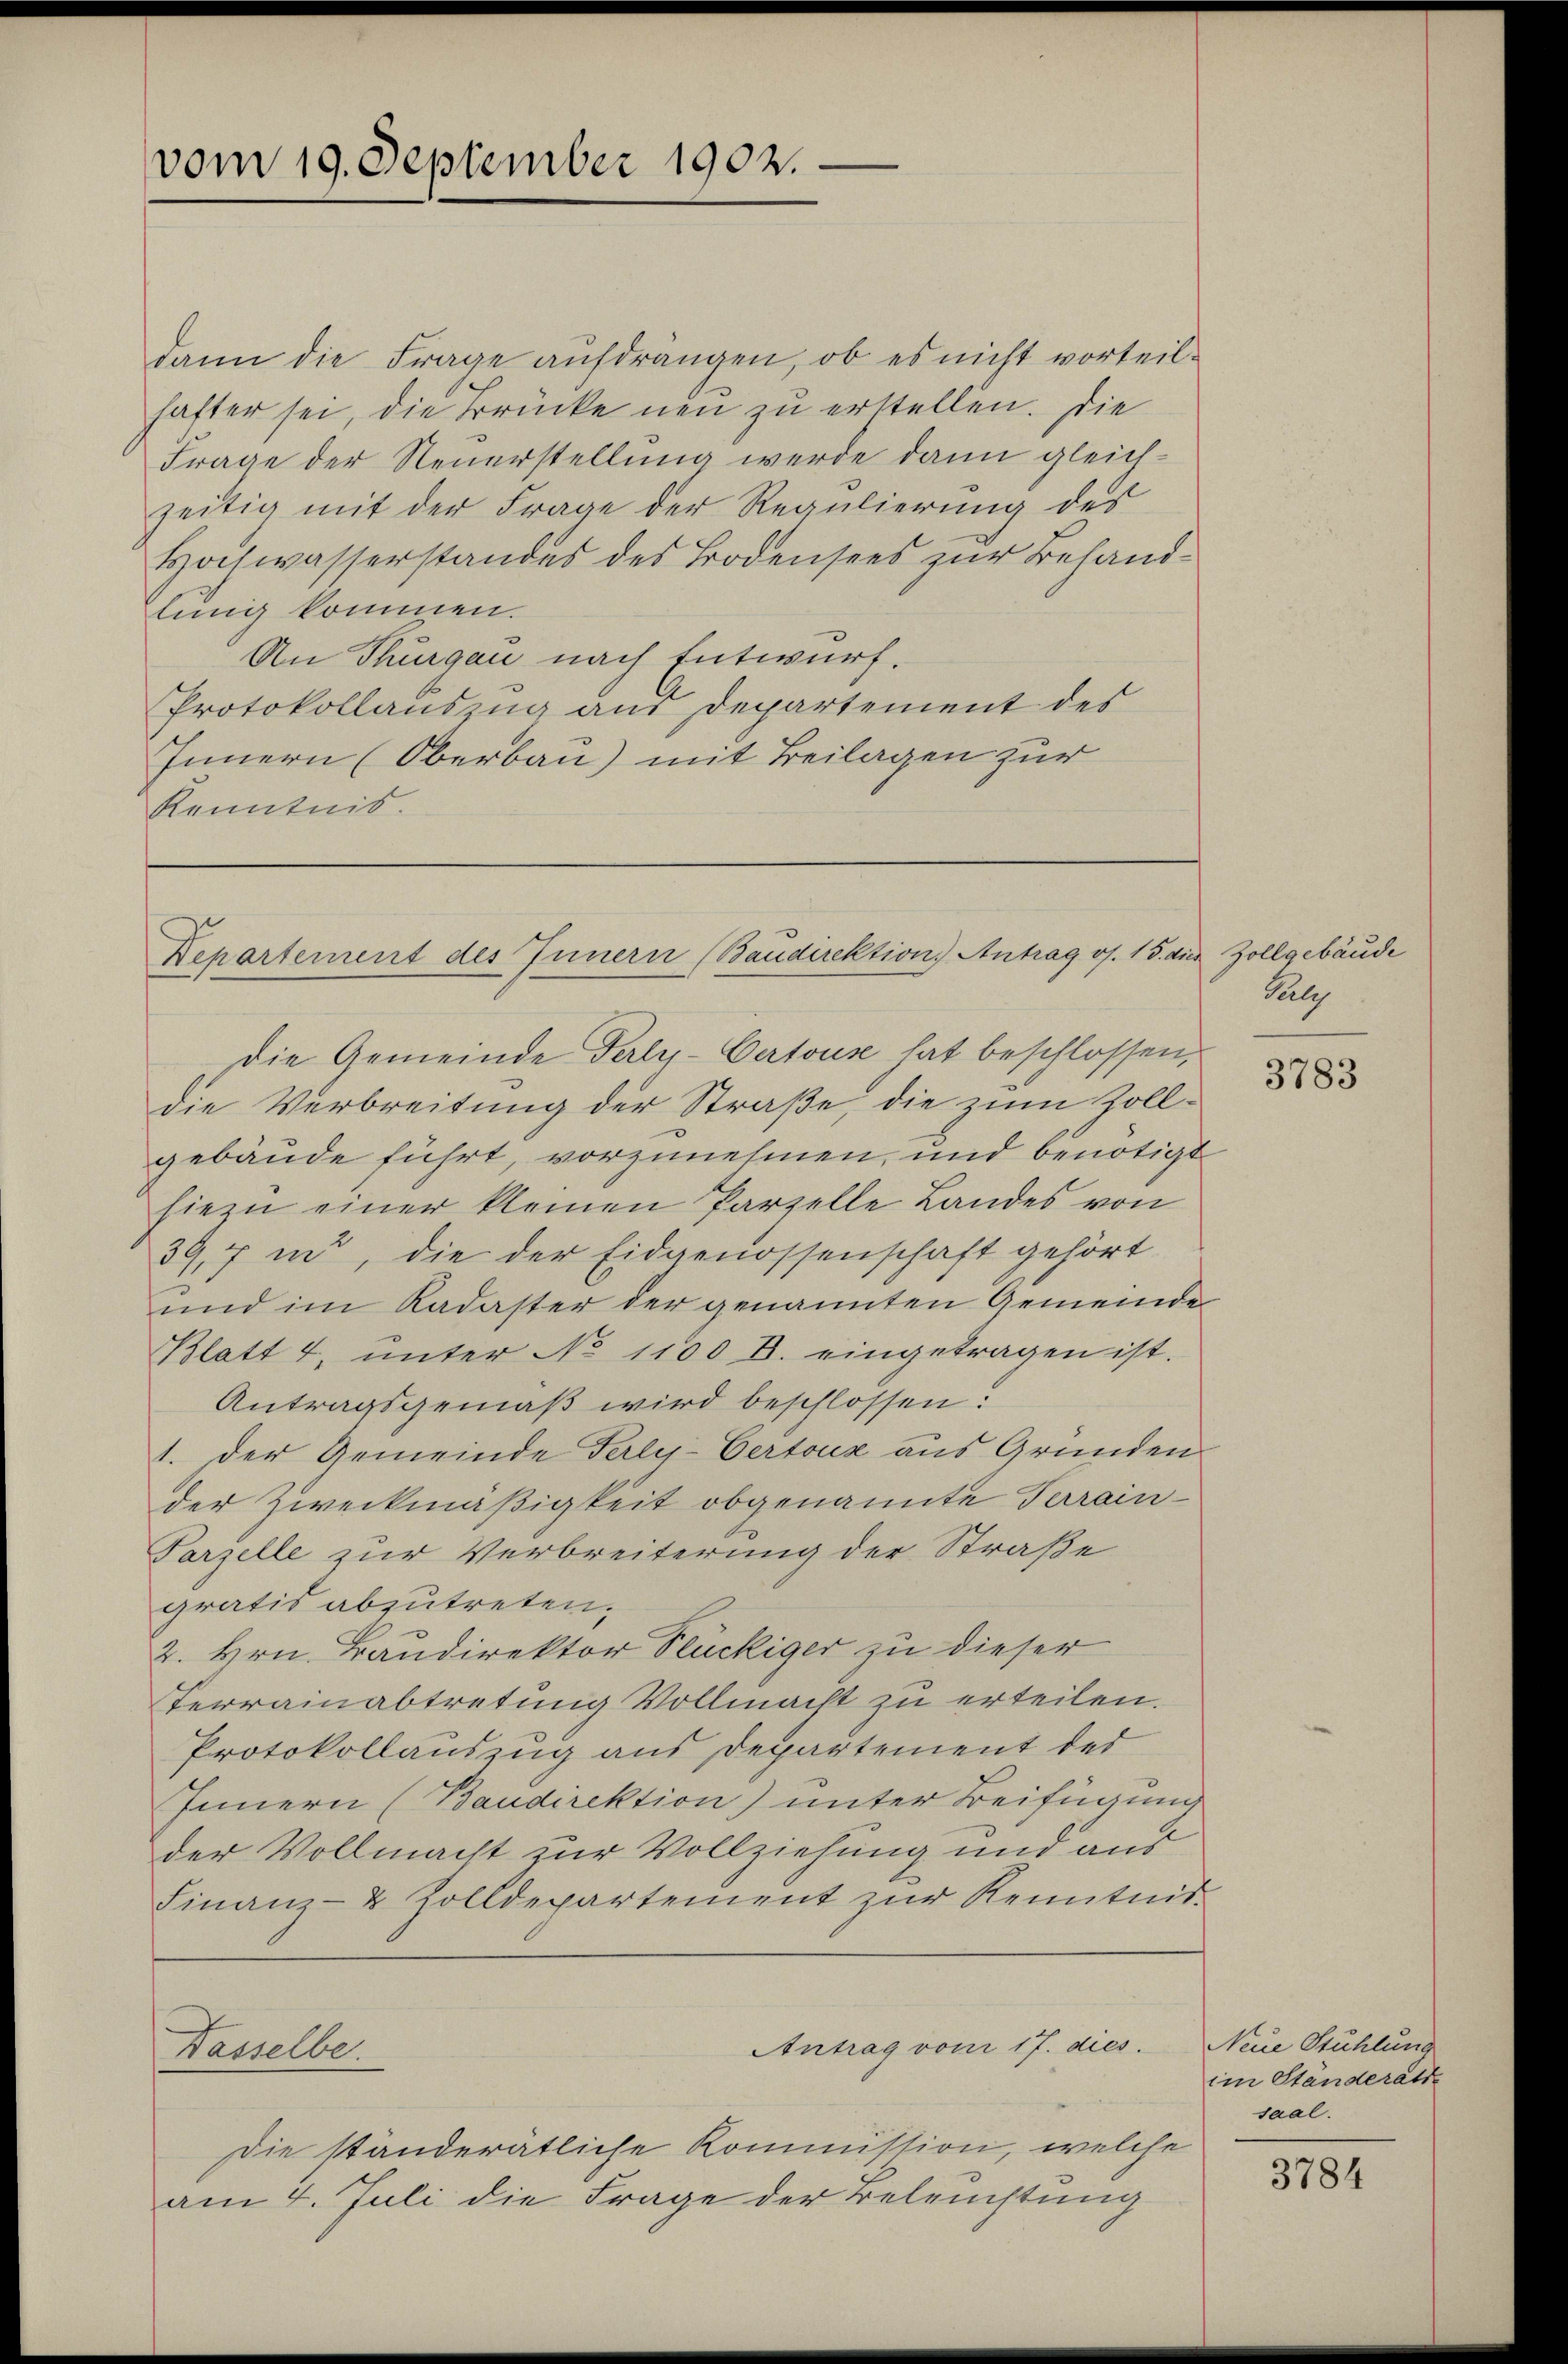
vom 19. September 1902.

dann die Frage aufdrängen, ob es nicht vorteilhafter sei, die Brücke neu zu erstellen. Die
Frage der Neuerstellung werde dann gleichzeitig mit der Frage der Regulierŭng des
Hochwasserstandes des Bodensees zur Behandling kommen.
An Thurgau nach Entwurf.
Protokollauszug aus Departement des
Innern (Oberbau) mit Beilagen zur
Kenntnis.

Departement des Innern (Baudirektion) Antrag os. 15. a.

die Verbreitung der Straße, die zum Zollgebäude führt, vorzunehmen, und benötigt
hiein einer kleinen Parzelle Landes von
39,7 in, die der Eidgenossenschaft gehört
und im Kadaster der genannten Gemeinde
Blatt 4, ŭnter No 1100 D. eingetragen ist.
Antragsgemäß wird beschlossen:
1. Der Gemeinde Perly-Certouz aus Grunden
der Zweckmäßigkeit obgenannte Terrain-
Parzelle zur Verbreiterung der Straße
gratis abzutreten.
2. Hrn. Baudirektor Rückiger zu dieser
Terrainabtretung Vollmacht zu erteilen.
Protokollauszug aus Departement der
Innern (Baudirektion) unter Beifügung
der Vollmacht zur Vollziehung und aus
Finanz- & Zolldepartement zŭr Kenntnis.
Antrag vom 17. dies
Wasselbe.
Die ständerätliche Kommission, welche
am 4. Juli die Frage der Beleistung

Die Gemeinde Perly-Certous hat beschlossen,

i Zollgebäude
Paly

3783

Neue Stuhlung
im Ständerath
saal.

3784